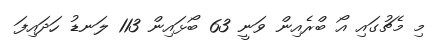
މި މެޗުގައި އޯ ބްރެއިން ވަނީ 63 ބޯޅައިން 113 ލަނޑު ހަދައިފަ